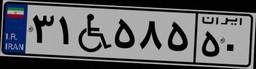
۰۶W۹۵۰۰۹